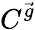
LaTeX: C^{\vec{g}}